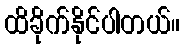
ထိခိုက်နိုင်ပါတယ်။